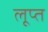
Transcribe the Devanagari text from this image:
लूप्त